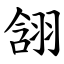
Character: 䎏